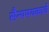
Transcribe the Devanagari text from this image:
सैन्यपथकाचे